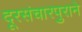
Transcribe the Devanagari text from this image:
दूरसंचारपुराने